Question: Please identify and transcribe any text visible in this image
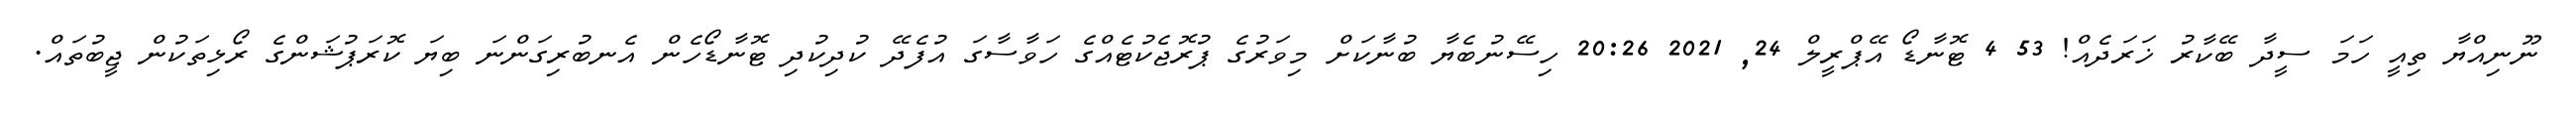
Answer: ނޫނިއްޔާ ތިއީ ހަމަ ސީދާ ބޭކާރު ޚަރަދެއް! 53 4 ޓޮނާޑޯ އޭޕްރީލް 24, 2021 20:26 ހިސޭނުބެޔާ ބުނާކަށް މިވަރުގެ ޕުރޮޖެކުޓެއްގެ ހަވާސާގަ އުފެދޭ ކުދިކުދި ޓޮނާޑޯހެން އެނބުރިގަންނަ ބިޔަ ކޮރަޕުޝަންގެ ރޯޅިތަކުން ޖީބުތައް.